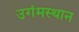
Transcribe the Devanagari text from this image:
उगंमस्थान